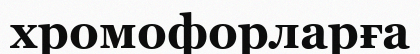
хромофорларға